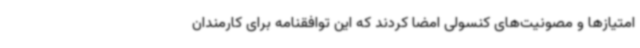
امتیازها و مصونیت‌های کنسولی امضا کردند که این توافقنامه برای کارمندان